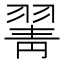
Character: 𦑖